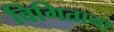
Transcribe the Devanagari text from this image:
विगिताना